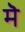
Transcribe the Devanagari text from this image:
मेॆ